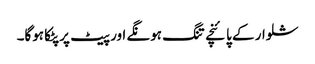
شلوار کے پائنچے تنگ ہونگے اور پیٹ پر پٹکا ہوگا۔